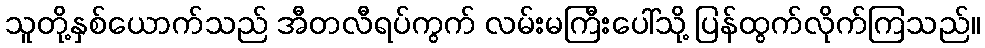
သူတို့နှစ်ယောက်သည် အီတလီရပ်ကွက် လမ်းမကြီးပေါ်သို့ ပြန်ထွက်လိုက်ကြသည်။